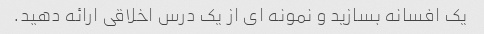
یک افسانه بسازید و نمونه ای از یک درس اخلاقی ارائه دهید.